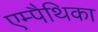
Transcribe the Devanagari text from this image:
एम्पैथिका